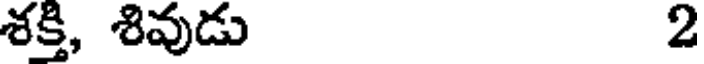
శక్తి, శివుడు 2